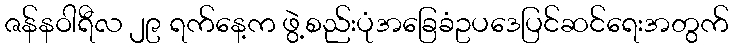
ဇန်နဝါရီလ ၂၉ ရက်နေ့က ဖွဲ့စည်းပုံအခြေခံဥပဒေပြင်ဆင်ရေးအတွက်